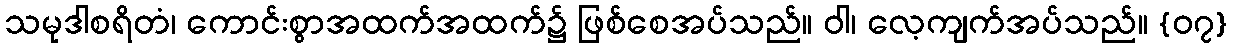
သမုဒါစရိတံ၊ ကောင်းစွာအထက်အထက်၌ ဖြစ်စေအပ်သည်။ ဝါ၊ လေ့ကျက်အပ်သည်။ {၀၇}